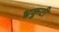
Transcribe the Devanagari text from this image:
भ्रकुटी